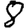
Digit: 8